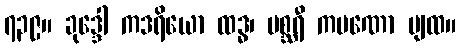
၇၃၉။ ခုဒ္ဒေါ ကဒရိယော ထဒ္ဓ၊ မစ္ဆရီ ကပဏော ပျထ။